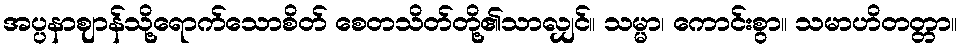
အပ္ပနာဈာန်သို့ရောက်သောစိတ် စေတသိတ်တို့၏သာလျှင်။ သမ္မာ၊ ကောင်းစွာ။ သမာဟိတတ္တာ။